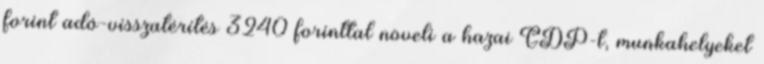
forint adó-visszatérítés 3240 forinttal növeli a hazai GDP-t, munkahelyeket